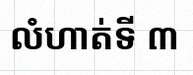
លំហាត់ទី ៣